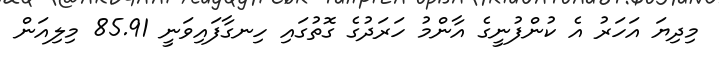
މިދިޔަ އަހަރު އެ ކުންފުނީގެ އާންމު ހަރަދުގެ ގޮތުގައި ހިނގާފައިވަނީ 85.91 މިލިއަން